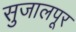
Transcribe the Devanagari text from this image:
सुजालपूर